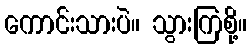
ကောင်းသားပဲ။ သွားကြစို့။